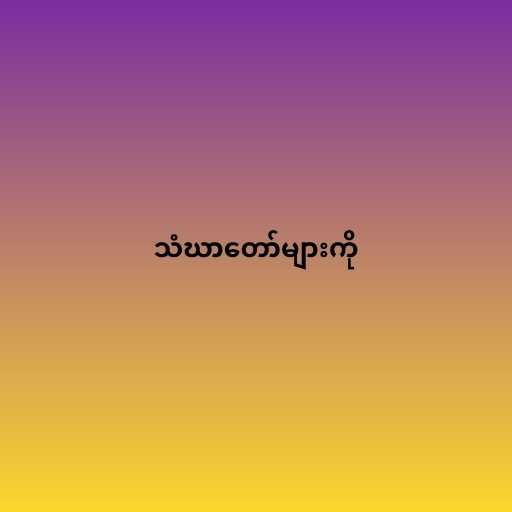
သံဃာတော်များကို